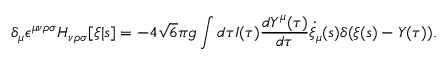
\delta _ { \mu } \epsilon ^ { \mu \nu \rho \sigma } H _ { \nu \rho \sigma } [ \xi | s ] = - 4 \sqrt { 6 } \pi g \int d \tau I ( \tau ) \frac { d Y ^ { \mu } ( \tau ) } { d \tau } \dot { \xi } _ { \mu } ( s ) \delta ( \xi ( s ) - Y ( \tau ) ) .